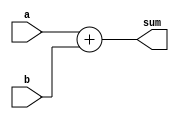
module ParametricAdder #(parameter N = 8) (
    input  [N-1:0] a,      // N-bit input a
    input  [N-1:0] b,      // N-bit input b
    output [N:0] sum       // (N+1)-bit output sum
);

    assign sum = a + b;    // Perform addition

endmodule